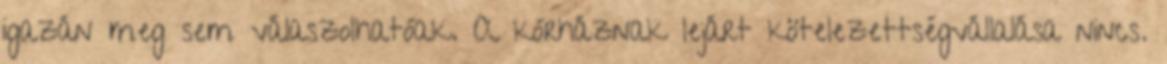
igazán meg sem válaszolhatóak. A kórháznak lejárt kötelezettségvállalása nincs.